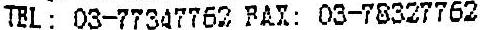
TEL: 03-77347762 FAX: 03-78327762